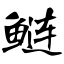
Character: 鲢